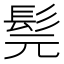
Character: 髨